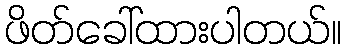
ဖိတ်ခေါ်ထားပါတယ်။